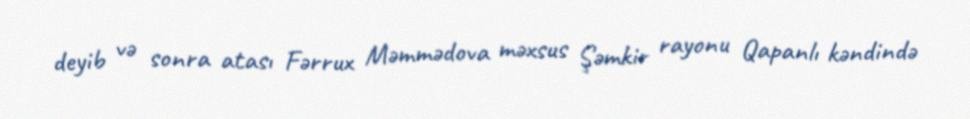
deyib və sonra atası Fərrux Məmmədova məxsus Şəmkir rayonu Qapanlı kəndində